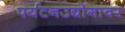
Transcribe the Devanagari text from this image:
पर्यटनउद्योगावर